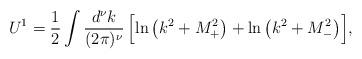
LaTeX: \begin{align*}U^1=\frac{1}{2}\int \frac{d^\nu k}{(2\pi)^\nu}\,\Bigl[\ln \left(k^2+M^2_{+}\right)+\ln \left(k^2+M^2_{-}\right)\Bigr],\end{align*}